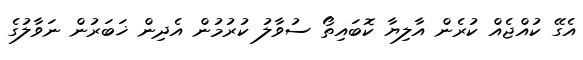
އެގޭ ކުއްޖެއް ކުރެން އާލިޔާ ކޮބައިތޯ ސުވާލު ކުރުމުން އެދިން ޚަބަރުން ނަވާލުގެ